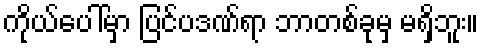
ကိုယ်ပေါ်မှာ ပြင်ပဒဏ်ရာ ဘာတစ်ခုမှ မရှိဘူး။